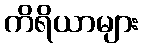
ကိရိယာများ